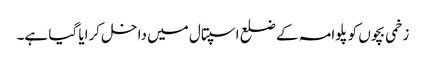
زخمی بچوں کو پلوامہ کے ضلع اسپتال میں داخل کرایا گیا ہے۔